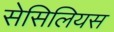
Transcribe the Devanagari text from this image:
सेसिलियस